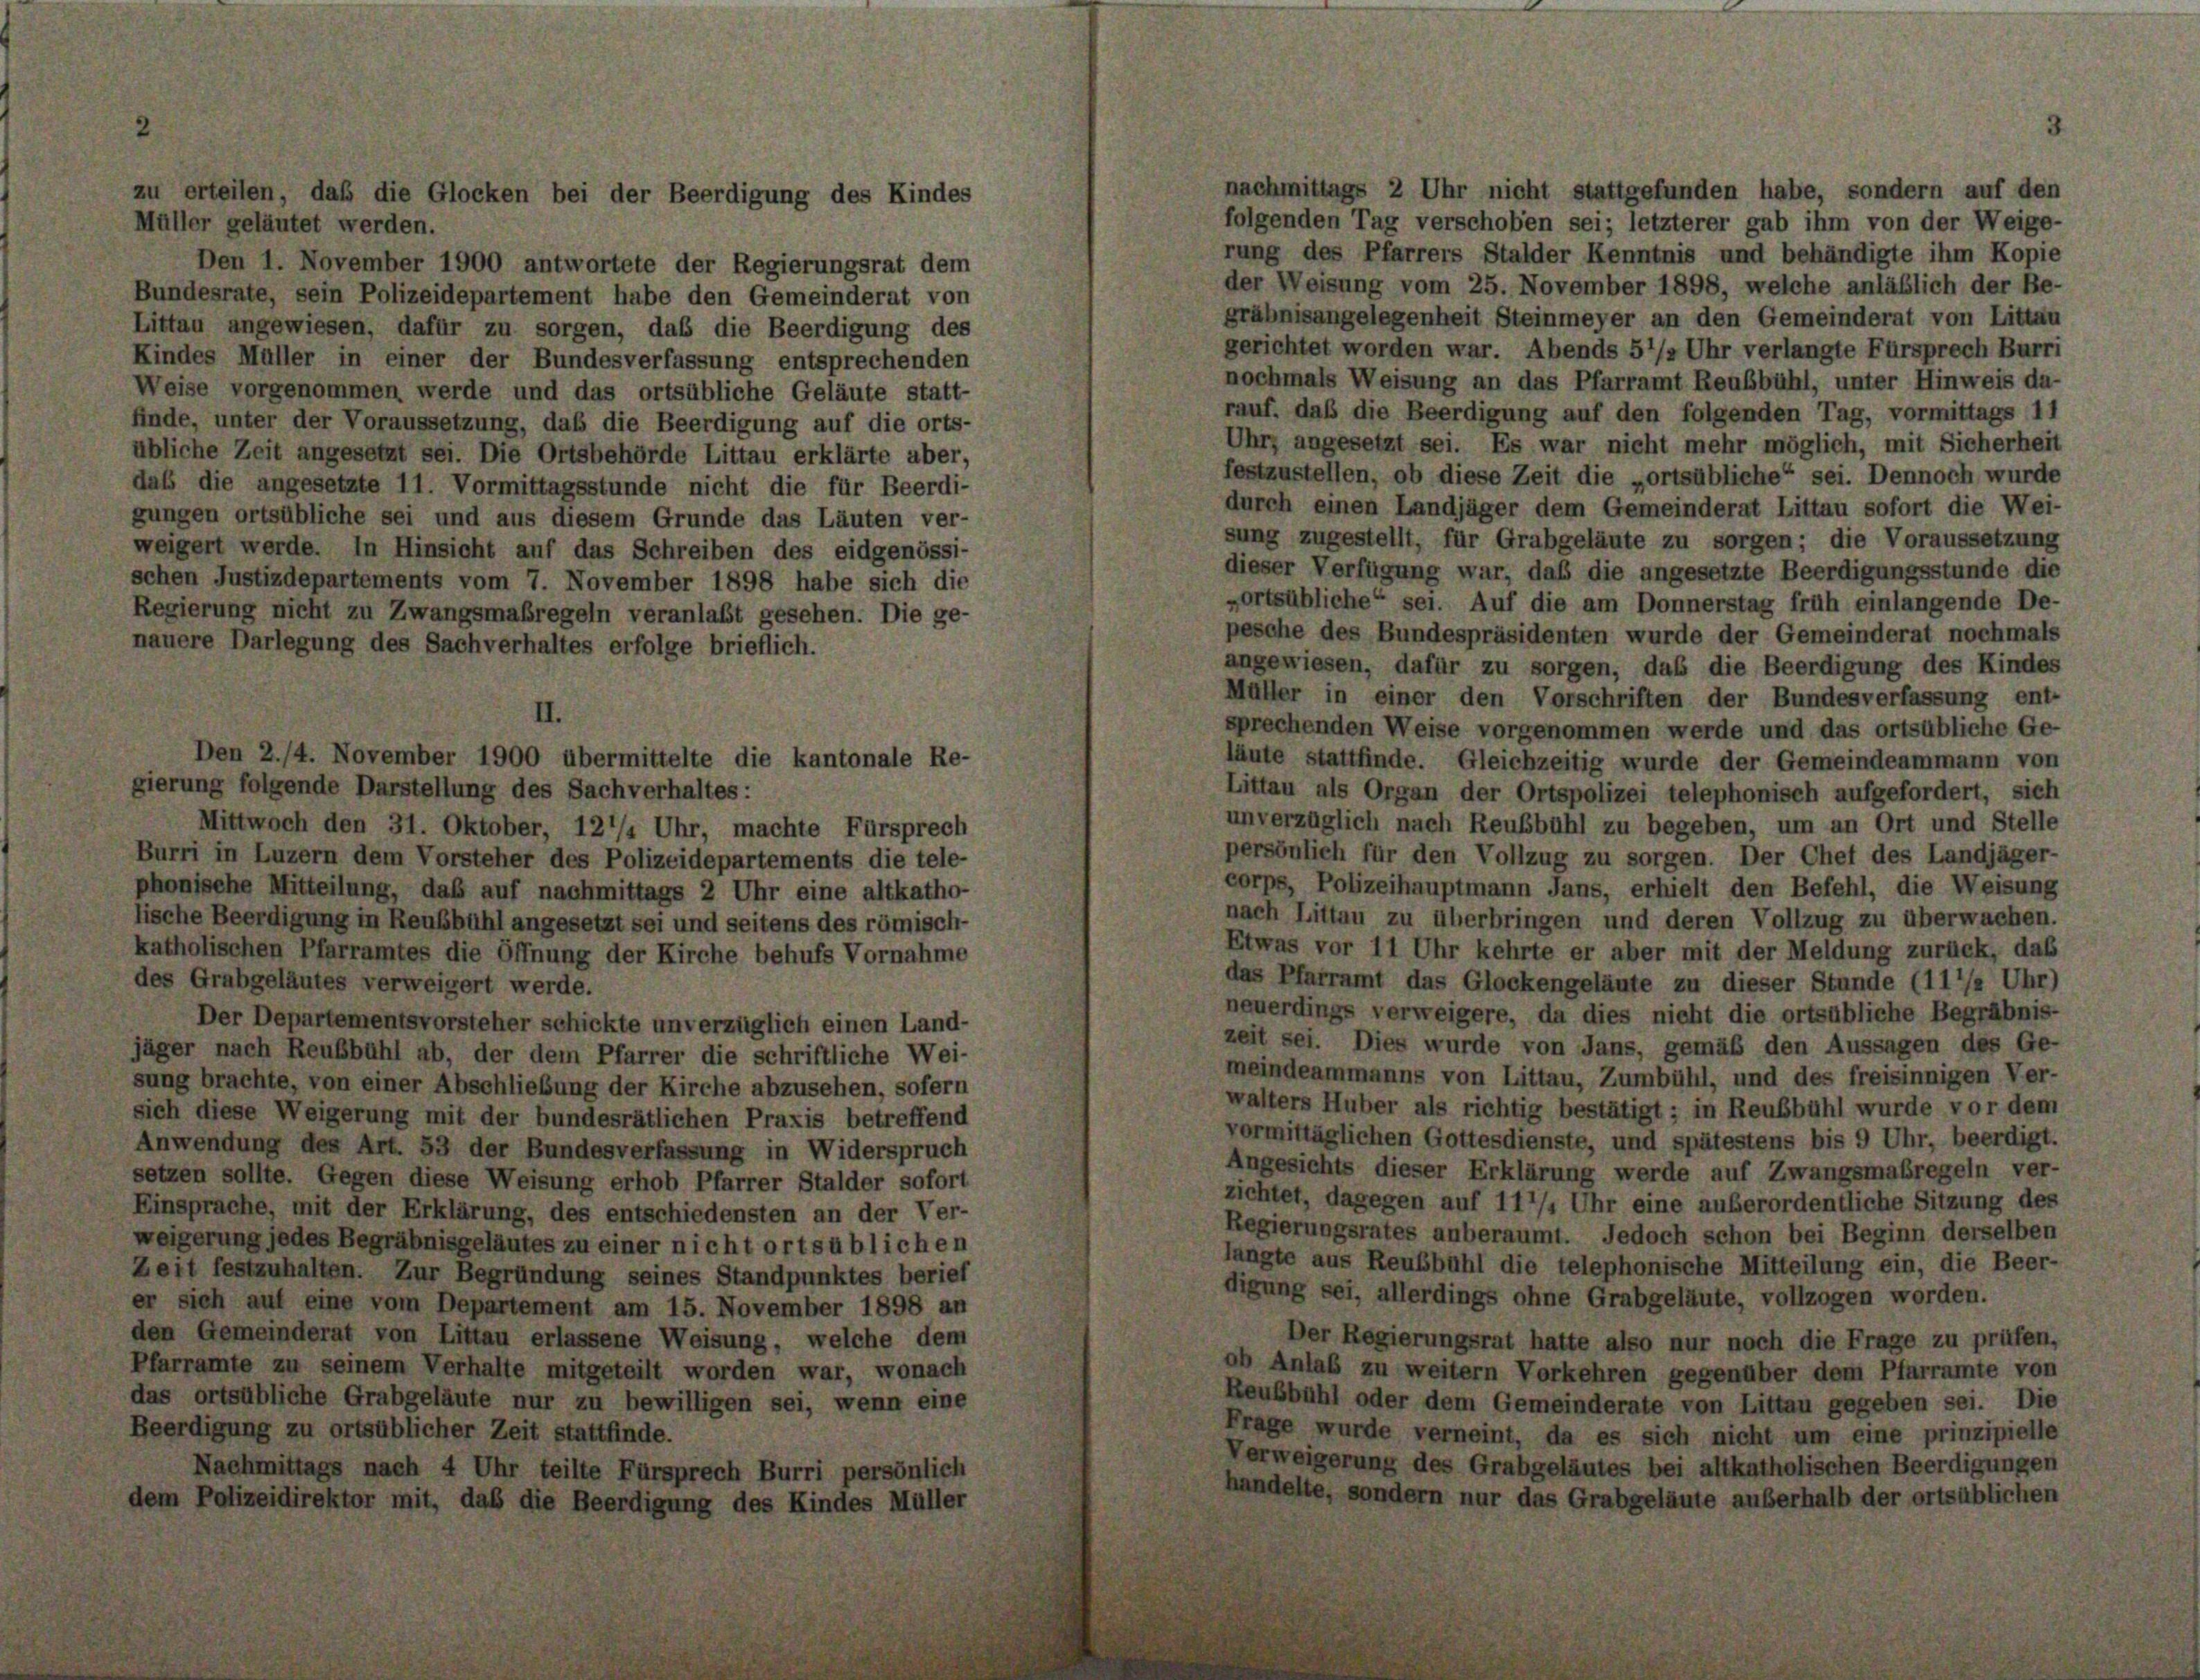
Müller geläutet werden.
Den 1. November 1900 antwortete der Regierungsrat dem
Bundesrate, sein Polizeidepartement habe den Gemeinderat von
Littau angewiesen, dafür zu sorgen, daß die Beerdigung des
Kindes Müller in einer der Bundesverfassung entsprechenden
Weise vorgenommen werde und das ortsübliche Geläute statt-
finde, unter der Voraussetzung, daß die Beerdigung auf die orts-
übliche Zeit angesetzt sei. Die Ortsbehörde Littau erklärte aber,
daß die angesetzte 11. Vormittagsstunde nicht die für Beerdi-
gungen ortsübliche sei und aus diesem Grunde das Läuten ver-
weigert werde. In Hinsicht auf das Schreiben des eidgenössi-
schen Justizdepartements vom 7. November 1898 habe sich die
Regierung nicht zu Zwangsmaßregeln veranlaßt gesehen. Die ge-
nauere Darlegung des Sachverhaltes erfolge brieflich.

zu erteilen, daß die Glocken bei der Beerdigung des Kindes

Den 2./4. November 1900 übermittelte die kantonale Re-
gierung folgende Darstellung des Sachverhaltes:
Mittwoch den 31. Oktober, 12/4 Uhr, machte Fürsprech
Burri in Luzern dem Vorsteher des Polizeidepartements die tele-
phonische Mitteilung, daß auf nachmittags 2 Uhr eine altkatho-
lische Beerdigung in Reubbühl angesetzt sei und seitens des römisch-
katholischen Pfarramtes die Öffnung der Kirche behufs Vornahme
des Grabgeläutes verweigert werde.
Der Departementsvorsteher schickte unverzüglich einen Land-
jäger nach Reubbühl ab, der dem Pfarrer die schriftliche Wei-
sung brachte, von einer Abschließung der Kirche abzusehen, sofern
sich diese Weigerung mit der bundesrätlichen Praxis betreffend
Anwendung des Art. 53 der Bundesverfassung in Widerspruch
setzen sollte. Gegen diese Weisung erhob Pfarrer Stalder sofort
Einsprache, mit der Erklärung, des entschiedensten an der Ver-
weigerung jedes Begräbnisgeläutes zu einer nicht orts üblichen
Zeit festzuhalten. Zur Begründung seines Standpunktes berief
er sich auf eine vom Departement am 15. November 1898 an
den Gemeinderat von Littau erlassene Weisung, welche dem
Pfarramte zu seinem Verhalte mitgeteilt worden war, wonach
das ortsübliche Grabgeläute nur zu bewilligen sei, wenn eine
Beerdigung zu ortsüblicher Zeit stattfinde.
Nachmittags nach 4 Uhr teilte Fürsprech Burri persönlich
dem Polizeidirektor mit, daß die Beerdigung des Kindes Müller

nachmittags 2 Uhr nicht stattgefunden habe, sondern auf den
folgenden Tag verschoben sei; letzterer gab ihm von der Weige-
rung des Pfarrers Stalder Kenntnis und behändigte ihm Kopie
der Weisung vom 25. November 1898, welche anläßlich der Be-
gräbnisangelegenheit Steinmeyer an den Gemeinderat von Littau
gerichtet worden war. Abends 5 1/2 Uhr verlangte Fürsprech Burri
nochmals Weisung an das Pfarramt Reubbühl, unter Hinweis da-
rauf, daß die Beerdigung auf den folgenden Tag, vormittags 11
Uhrz angesetzt sei. Es war nicht mehr möglich, mit Sicherheit
festzustellen, ob diese Zeit die „ortsübliche“ sei. Dennoch wurde
durch einen Landjäger dem Gemeinderat Littau sofort die Wei-
sung zugestellt, für Grabgeläute zu sorgen; die Voraussetzung
dieser Verfügung war, daß die angesetzte Beerdigungsstunde die
„ortsübliche“ sei. Auf die am Donnerstag früh einlangende De-
pesche des Bundespräsidenten wurde der Gemeinderat nochmals
angewiesen, dafür zu sorgen, daß die Beerdigung des Kindes
Müller in einer den Vorschriften der Bundesverfassung ent-
sprechenden Weise vorgenommen werde und das ortsübliche Ge-
läute stattfinde. Gleichzeitig wurde der Gemeindeammann von
Littau als Organ der Ortspolizei telephonisch aufgefordert, sich
unverzüglich nach Reubbühl zu begeben, um an Ort und Stelle
persönlich für den Vollzug zu sorgen. Der Chef des Landjäger-
corps, Polizeihauptmann Jans, erhielt den Befehl, die Weisung
nach Littau zu überbringen und deren Vollzug zu überwachen.
Etwas vor 11 Uhr kehrte er aber mit der Meldung zurück, daß
das Pfarramt das Glockengeläute zu dieser Stunde (111/2 Uhr)
neuerdings verweigere, da dies nicht die ortsübliche Begräbnis-
zeit sei. Dies wurde von Jans, gemäß den Aussagen des Ge-
meindeammanns von Littau, Zumbühl, und des freisinnigen Ver-
walters Huber als richtig bestätigt; in Reubbühl wurde vor dem
vormittäglichen Gottesdienste, und spätestens bis 9 Uhr, beerdigt.
Angesichts dieser Erklärung werde auf Zwangsmaßregeln ver-
zichtet, dagegen auf 117/4 Uhr eine außerordentliche Sitzung des
Regierungsrates anberaumt. Jedoch schon bei Beginn derselben
langte aus Reubbühl die telephonische Mitteilung ein, die Beer-
digung sei, allerdings ohne Grabgeläute, vollzogen worden.
Der Regierungsrat hatte also nur noch die Frage zu prüfen,
ob Anlaß zu weitern Vorkehren gegenüber dem Pfarramte von
Reubbühl oder dem Gemeinderate von Littau gegeben sei. Die
Frage wurde verneint, da es sich nicht um eine prinzipielle
Verweigerung des Grabgeläutes bei altkatholischen Beerdigungen
handelte, sondern nur das Grabgeläute außerhalb der ortsüblichen